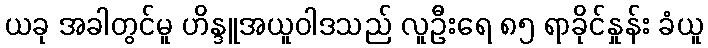
ယခု အခါတွင်မူ ဟိန္ဒူအယူဝါဒသည် လူဦးရေ ၈၅ ရာခိုင်နှုန်း ခံယူ